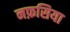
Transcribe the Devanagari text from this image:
नफ़सिया